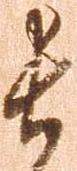
長